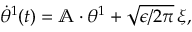
\begin{array} { r } { \dot { \theta } ^ { 1 } ( t ) = \mathbb { A } \cdot { \theta } ^ { 1 } + \sqrt { \epsilon / 2 \pi } \, { \xi } , } \end{array}